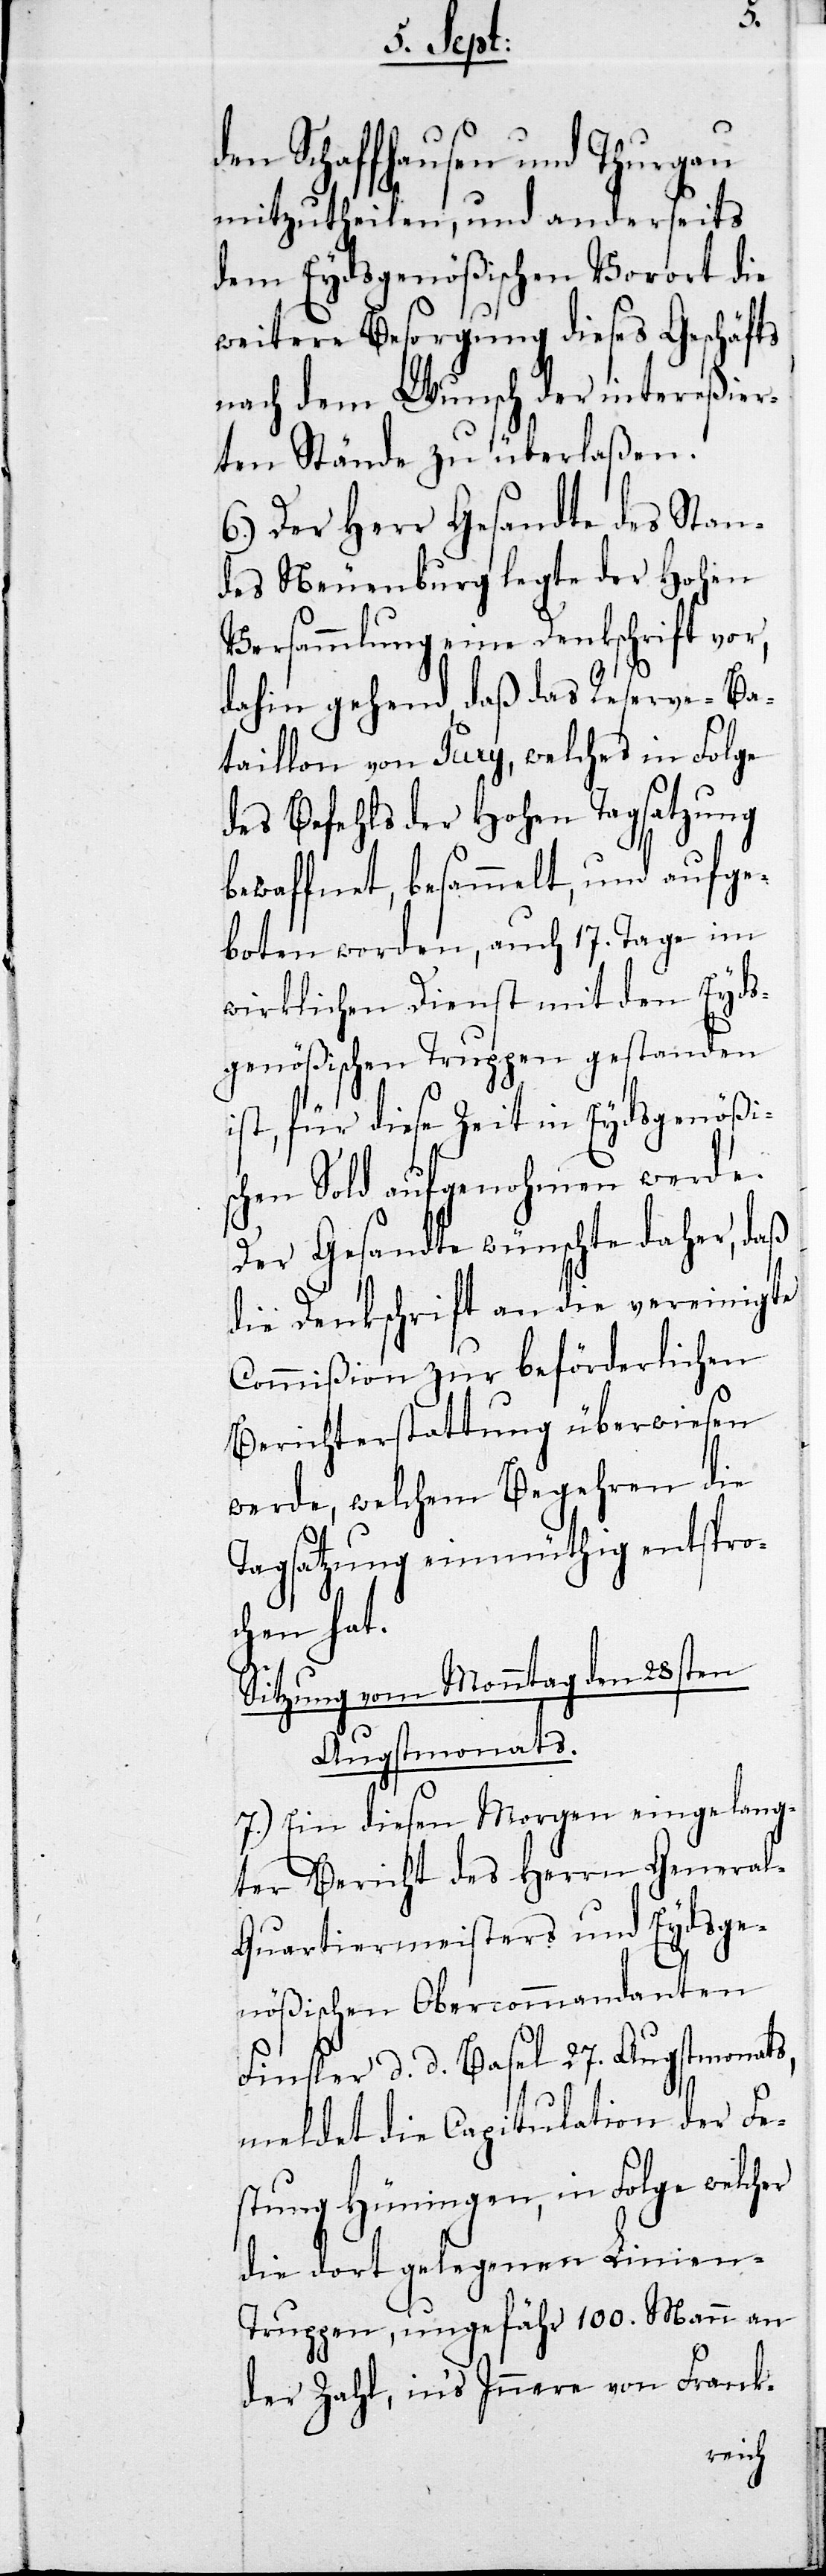
den Schaffhausen und Thurgau
mitzutheilen, und anderseits
dem Eydsgenößischen Vorort die
weitere Besorgung dieses Geschäfts
nach dem Wunsch der intereßier¬
ten Stände zu überlaßen.
6.) Der Herr Gesandte des Stan¬
des Neuenburg legte der Hohen
Versammlung eine Denkschrift vor,
dahin gehend, daß das Reserve-Ba¬
taillon von Pury, welches in Folge
des Befehls der Hohen Tagsatzung
bewaffnet, besammelt, und aufge¬
boten worden, auch 17. Tage im
wirklichen Dienst mit den Eyds¬
genößischen Truppen gestanden
ist, für diese Zeit in Eydsgenößis¬
chen Sold aufgenohmen werde.
Der Gesandte wünschte daher, daß
die Denkschrift an die vereinigte
Commißion zur beförderlichen
Berichterstattung überwiesen
werde, welchem Begehren die
Tagsatzung einmüthig entspro¬
chen hat.
Sitzung vom Monntag den 28sten
Augstmonats.
7.) Ein diesen Morgen eingelang¬
ter Bericht des Herrn Genera¬
l-Quartiermeisters und Eydsge¬
nößischen Obercommandanten
Finsler d. d. Basel 27. Augstmonats,
meldet die Capitulation der Fe¬
stung Hüningen, in Folge welcher
die dort gelegenen Linien-T¬
ruppen, ungefähr 100. Mann an
der Zahl, ins Innere von Frank-